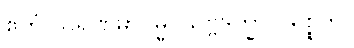
ဧတံ သရဏမာဂမ္မ၊ သဗ္ဗဒုက္ခာ ပမုစ္စတိ။